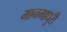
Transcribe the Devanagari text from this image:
मानमाधुरी